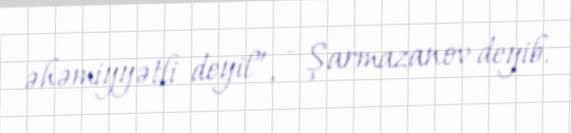
əhəmiyyətli deyil”, - Şarmazanov deyib.